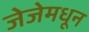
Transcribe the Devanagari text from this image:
जेजेमधून